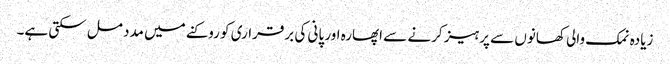
زیادہ نمک والی کھانوں سے پرہیز کرنے سے اپھارہ اور پانی کی برقراری کو روکنے میں مدد مل سکتی ہے۔